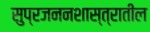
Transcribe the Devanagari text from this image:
सुप्रजननशास्त्रातील